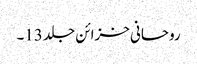
روحانی خزائن جلد 13۔